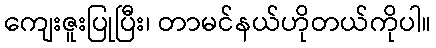
ကျေးဇူးပြုပြီး၊ တာမင်နယ်ဟိုတယ်ကိုပါ။